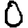
Digit: 0